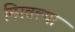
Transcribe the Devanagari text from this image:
मिरवल्या